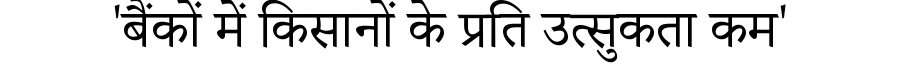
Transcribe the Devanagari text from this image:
'बैंकों में किसानों के प्रति उत्सुकता कम'